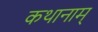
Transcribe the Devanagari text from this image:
कथानाम्